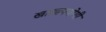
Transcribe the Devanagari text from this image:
खाद्यापयोगी